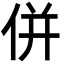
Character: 併